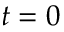
t = 0